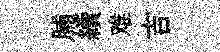
脯續难吉